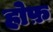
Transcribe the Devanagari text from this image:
होफ़